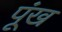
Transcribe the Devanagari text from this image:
पूंख